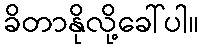
ခိတာနိုလို့ခေါ်ပါ။